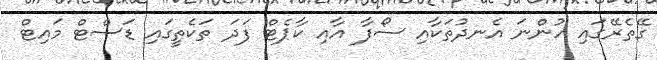
ގޭތެރޭގައި ހުންނަ އެނދުތަކާއި ސޯފާ އާއި ކާޕެޓް ފަދަ ތަކެތީގައި ޑަސްޓް މައިޓް